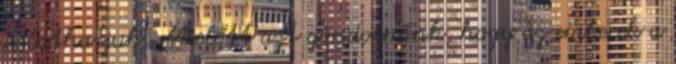
is láthatjuk. Mielőtt azt gondolnánk, hogy az emberek a